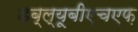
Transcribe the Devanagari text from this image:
डब्ल्यूबीएचएफ़